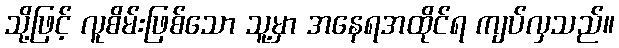
သို့ဖြင့် လူစိမ်းဖြစ်သော သူ့မှာ အနေရအထိုင်ရ ကျပ်လှသည်။